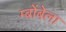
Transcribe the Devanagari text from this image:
म्बोंबेला